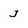
Character: J